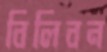
বিলিবন